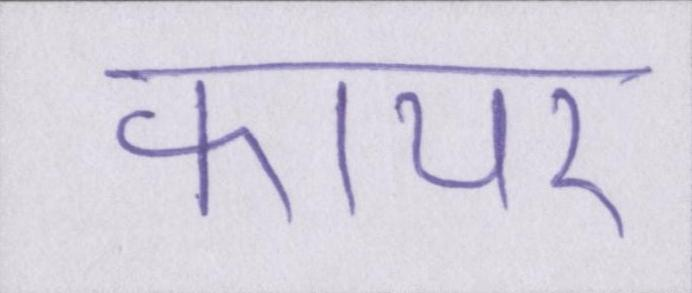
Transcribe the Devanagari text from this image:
फायर